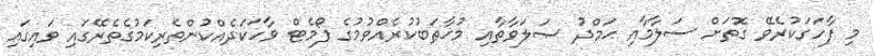
މި ފާހަގަކުރެވޭ ގޮތަށް ސަލާމާއި ޙަމްދު ޞަލަވާތާއި މުޚާޠަބުކުރެއްވުމުގެ ފޯމެޓް ވާހަކަދެއްކުންތެރިކަމުގެތެރޭގައި ވައިގައި